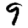
Digit: 9